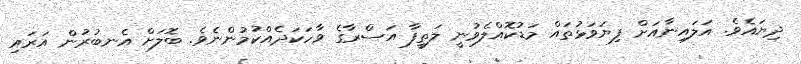
ދިޔައެވެ. އަލައިނާއަށް ފިޔަވަޅުތައް މަޑުކޮއްލެވުނީ ލަތީފާ އަސްރާގެ ވާހަކަދެއްކުމުންނެވެ. ބޮލަށް އެނބުރުން އަރައި